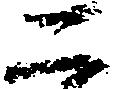
二